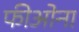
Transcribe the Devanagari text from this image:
फीओना